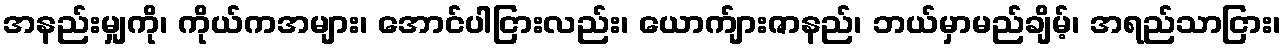
အနည်းမျှကို၊ ကိုယ်ကအများ၊ အောင်ပါငြားလည်း၊ ယောက်ျားဇာနည်၊ ဘယ်မှာမည်ချိမ့်၊ အရည်သာငြား၊